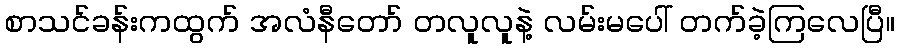
စာသင်ခန်းကထွက် အလံနီတော် တလူလူနဲ့ လမ်းမပေါ် တက်ခဲ့ကြလေပြီ။